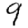
Digit: 9